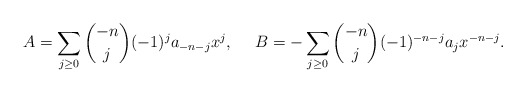
\begin{align*} A=\sum_{j\ge0}\binom{-n}{j}(-1)^j a_{-n-j}x^{j},\ \ \ \ B=-\sum_{j\ge0}\binom{-n}{j}(-1)^{-n-j}a_{j}x^{-n-j}.\end{align*}